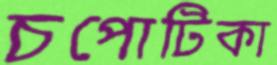
চপোটিকা